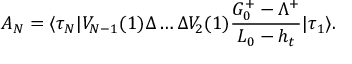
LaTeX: { \cal A } _ { N } = \langle \tau _ { N } | V _ { N - 1 } ( 1 ) \Delta \ldots \Delta V _ { 2 } ( 1 ) { \frac { G _ { 0 } ^ { + } - \Lambda ^ { + } } { L _ { 0 } - h _ { t } } } | \tau _ { 1 } \rangle .